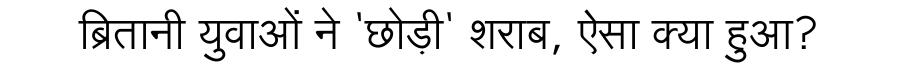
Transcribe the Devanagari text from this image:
ब्रितानी युवाओं ने 'छोड़ी' शराब, ऐसा क्या हुआ?